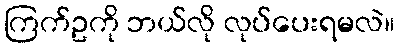
ကြက်ဥကို ဘယ်လို လုပ်ပေးရမလဲ။